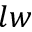
l w